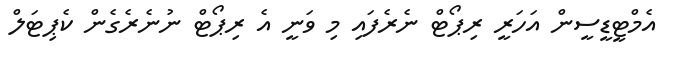
އެމްޓީޑީސީން އަހަރީ ރިޕޯޓް ނެރެފައި މި ވަނީ އެ ރިޕޯޓް ނުނެރެގެން ކެޕިޓަލް